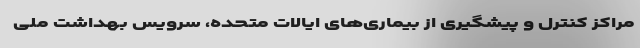
مراکز کنترل و پیشگیری از بیماری‌های ایالات متحده، سرویس بهداشت ملی